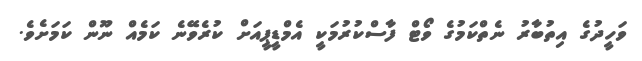
ވަހީދުގެ އިތުބާރު ނެތްކަމުގެ ވޯޓް ފާސްކުރުމަކީ އެމްޑީޕީއަށް ކުރެވޭނެ ކަމެއް ނޫން ކަމަށެވެ.